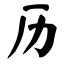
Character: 历